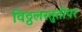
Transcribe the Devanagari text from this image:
विठ्ठलस्तुतीपर